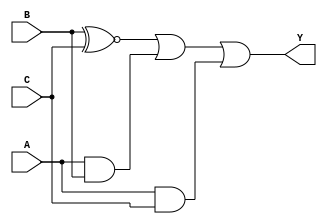
module combinational_logic (
    input wire A,   // Input A
    input wire B,   // Input B
    input wire C,   // Input C
    output wire Y   // Output Y
);

// Combinational logic implementation
assign Y = (B ~^ C) | (A & B) | (A & C); // Logic expression derived from the truth table

endmodule